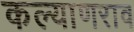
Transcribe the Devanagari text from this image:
कल्याणराव